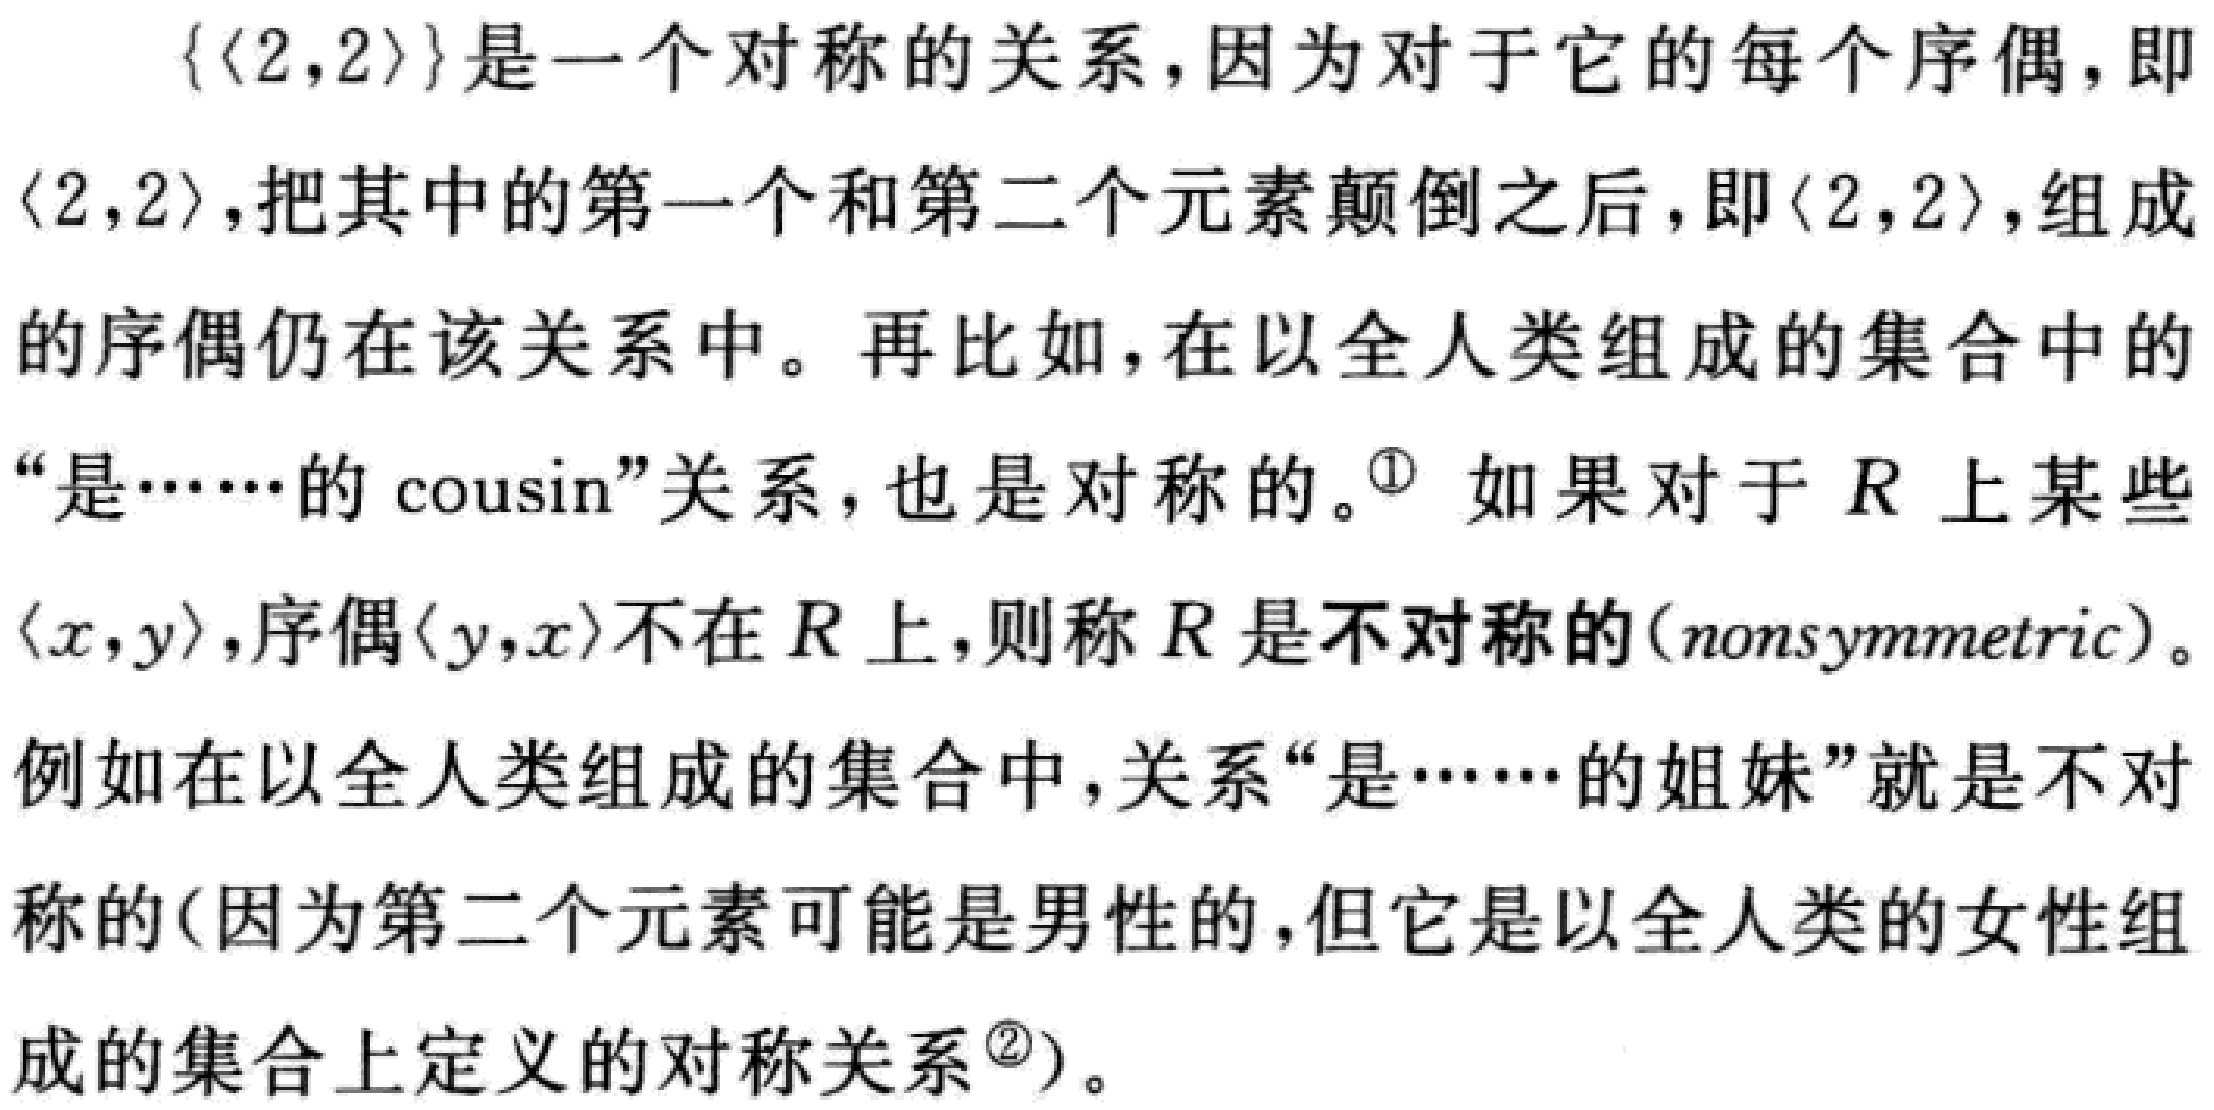
\(\{\langle 2,2\rangle\}\)是一个对称的关系，因为对于它的每个序偶，即\(\langle 2,2\rangle\)，把其中的第一个和第二个元素颠倒之后，即\(\langle 2,2\rangle\)，组成的序偶仍在该关系中。再比如，在以全人类组成的集合中的“是……的 cousin”关系，也是对称的。\(^{\textcircled{1}}\) 如果对于\(R\)上某些\(\langle x,y\rangle\)，序偶\(\langle y,x\rangle\)不在\(R\)上，则称\(R\)是不对称的（\(nonsymmetric\)）。例如在以全人类组成的集合中，关系“是……的姐妹”就是不对称的（因为第二个元素可能是男性的，但它是以全人类的女性组成的集合上定义的对称关系\(^{\textcircled{2}}\)）。